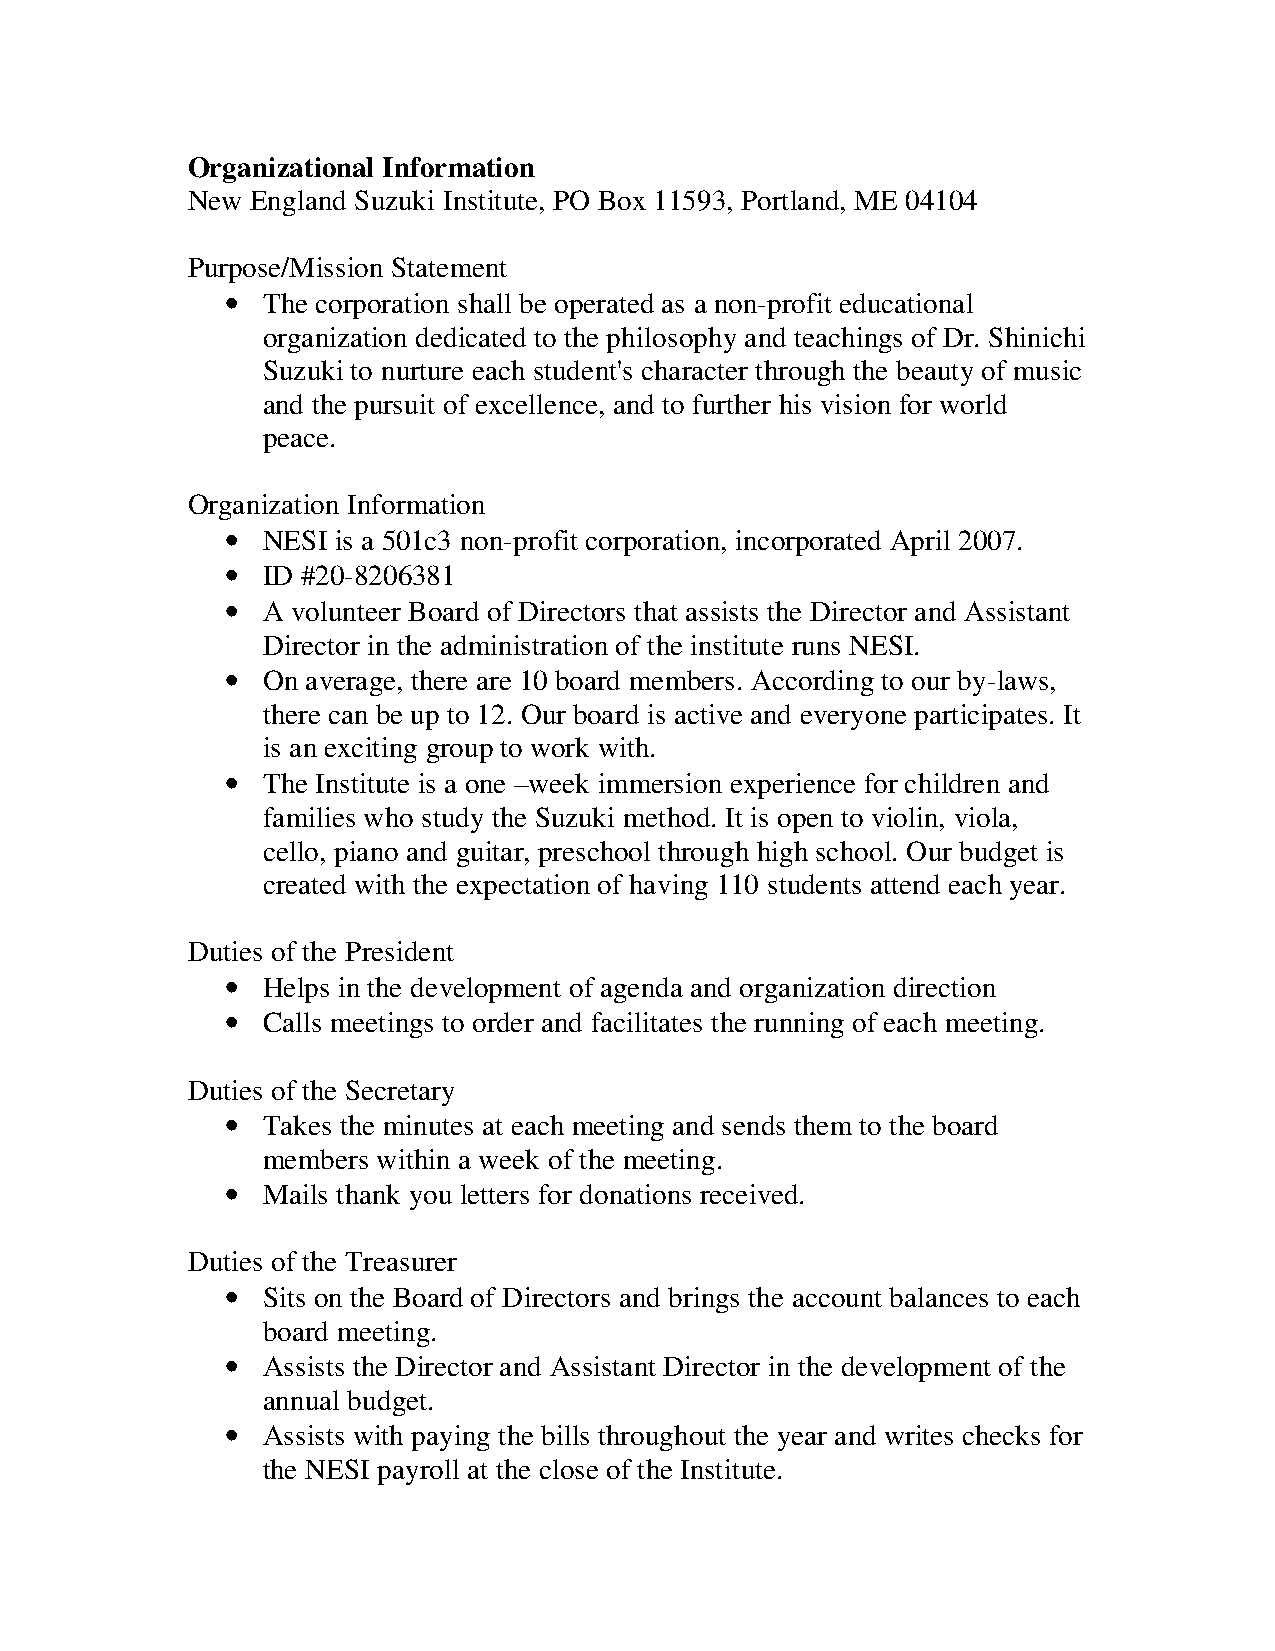
Organizational Information
 New  England Suzuki Institute, PO Box 11593, Portland, ME 04104
 Purpose/Mission Statement
 •
 The corporation shall be operated as a non-profit educational
 organization dedicated to the philosophy and teachings of Dr. Shinichi
 Suzuki to nurture each student's character through the beauty of music
 and the pursuit of excellence, and to further his vision for world
 peace.
 Organization Information
 •
 NESI is a 501c3 non-profit corporation, incorporated April 2007.
 •
 ID #20-8206381
 •
 A volunteer Board of Directors that assists the Director and Assistant
 Director in the administration of the institute runs NESI.
 •
 On average, there are 10 board members. According to our by-laws,
 there can be up to 12. Our board is active and everyone participates. It
 is an exciting group to work with.
 •
 The Institute is a one –week immersion experience for children and
 families who study the Suzuki method. It is open to violin, viola,
 cello, piano and guitar, preschool through high school. Our budget is
 created with the expectation of having 110 students attend each year.
 Duties of the President
 •
 Helps in the development of agenda and organization direction
 •
 Calls meetings to order and facilitates the running of each meeting.
 Duties of the Secretary
 •
 Takes the minutes at each meeting and sends them to the board
 members within a week of the meeting.
 •
 Mails thank you letters for donations received.
 Duties of the Treasurer
 •
 Sits on the Board of Directors and brings the account balances to each
 board meeting.
 •
 Assists the Director and Assistant Director in the development of the
 annual budget.
 •
 Assists with paying the bills throughout the year and writes checks for
 the NESI payroll at the close of the Institute.